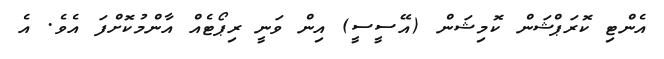
އެންޓި ކޮރަޕްޝަން ކޮމިޝަން (އޭސީސީ) އިން ވަނީ ރިޕޯޓެއް އާންމުކޮށްފަ އެވެ. އެ